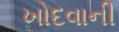
ખોદવાની